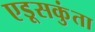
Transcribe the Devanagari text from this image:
एडूसकुंता